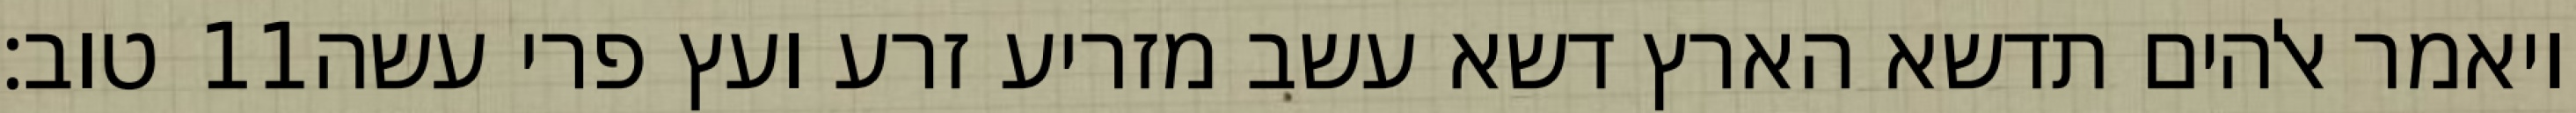
טוב׃ ‎11‏ ויאמר אלהים תדשא הארץ דשא עשב מזריע זרע ועץ פרי עשה